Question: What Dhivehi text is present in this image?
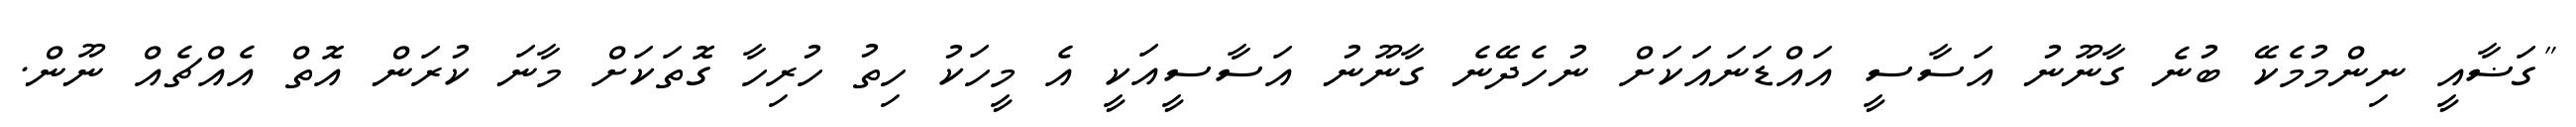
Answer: "ގަޟާއީ ނިންމުމެކޭ ބުނެ ގާނޫނު އަސާސީ އައްޑަނައަކަށް ނުހެދޭނެ ގާނޫނު އަސާސީއަކީ އެ މީހަކު ހިތު ހުރިހާ ގޮތަކަށް މާނަ ކުރަން އޮތް އެއްޗެއް ނޫން.